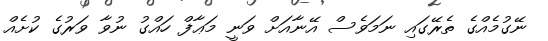
ނޭގުމެއްގެ ތެރޭގައި ނަމަވެސް އޭނާއަށް ވަނީ މަޢާފް ހައްގު ނުވާ ވަރުގެ ކުށެއް